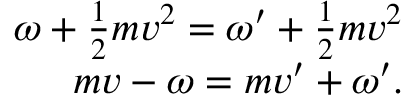
\begin{array} { r } { \omega + \frac { 1 } { 2 } m v ^ { 2 } = \omega ^ { \prime } + \frac { 1 } { 2 } m v ^ { 2 } } \\ { m v - \omega = m v ^ { \prime } + \omega ^ { \prime } . } \end{array}